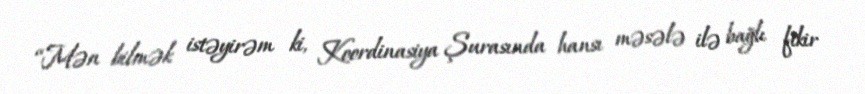
“Mən bilmək istəyirəm ki, Koordinasiya Şurasında hansı məsələ ilə bağlı fikir